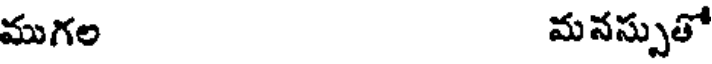
ముగల మనస్సుతో